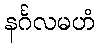
နင်္ဂလမဟံ